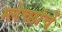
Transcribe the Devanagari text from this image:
म्लेच्छांचें